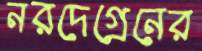
নরদেগ্রেনের